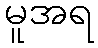
မူအရ